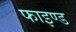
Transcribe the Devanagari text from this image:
फाइण्ड